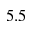
5 . 5